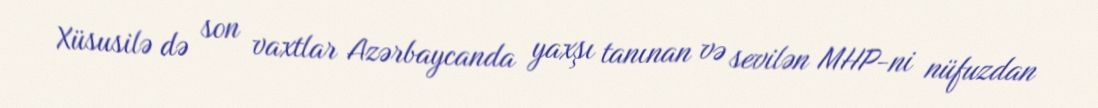
Xüsusilə də son vaxtlar Azərbaycanda yaxşı tanınan və sevilən MHP-ni nüfuzdan